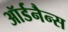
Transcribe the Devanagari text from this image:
ऑर्डनैन्स